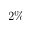
2 \%